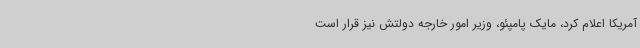
آمریکا اعلام کرد، مایک پامپئو، وزیر امور خارجه دولتش نیز قرار است